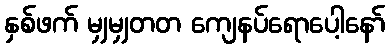
နှစ်ဖက် မျှမျှတတ ကျေနပ်ရောပေါ့နော်